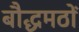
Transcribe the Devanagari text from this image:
बौद्धमठों